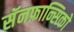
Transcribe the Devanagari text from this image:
सॅनफ्रान्सिको